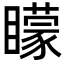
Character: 矇